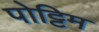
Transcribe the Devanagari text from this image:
पोट्टिम